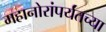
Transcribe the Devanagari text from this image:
महानोरांपर्यंतच्या